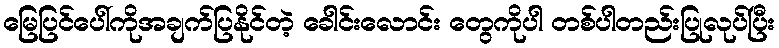
မြေပြင်ပေါ်ကိုအချက်ပြနိုင်တဲ့ ခေါင်းလောင်း တွေကိုပါ တစ်ပါတည်းပြုလုပ်ပြီး